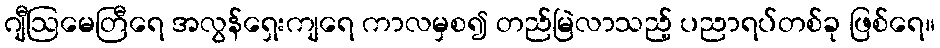
ဂျီဩမေတြီရေ အလွန်ရှေးကျရေ ကာလမှစ၍ တည်မြဲလာသည့် ပညာရပ်တစ်ခု ဖြစ်ရေ။